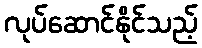
လုပ်ဆောင်နိုင်သည့်